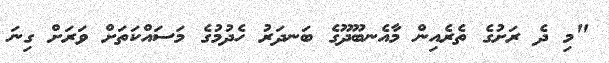
"މި ދެ ރަށުގެ ތެރެއިން މާއެނބޫދޫގެ ބަނދަރު ހެދުމުގެ މަސައްކަތަށް ވަރަށް ގިނަ